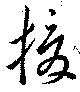
援